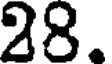
28.